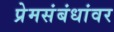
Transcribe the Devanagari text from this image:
प्रेमसंबंधांवर